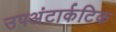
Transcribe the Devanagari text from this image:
उपअंटार्कटिक